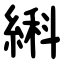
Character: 䌀